Report on plague in the Punjab from October 1st ... to September 30th ..., being the ... season of plague in the province
Disease focus: Plague
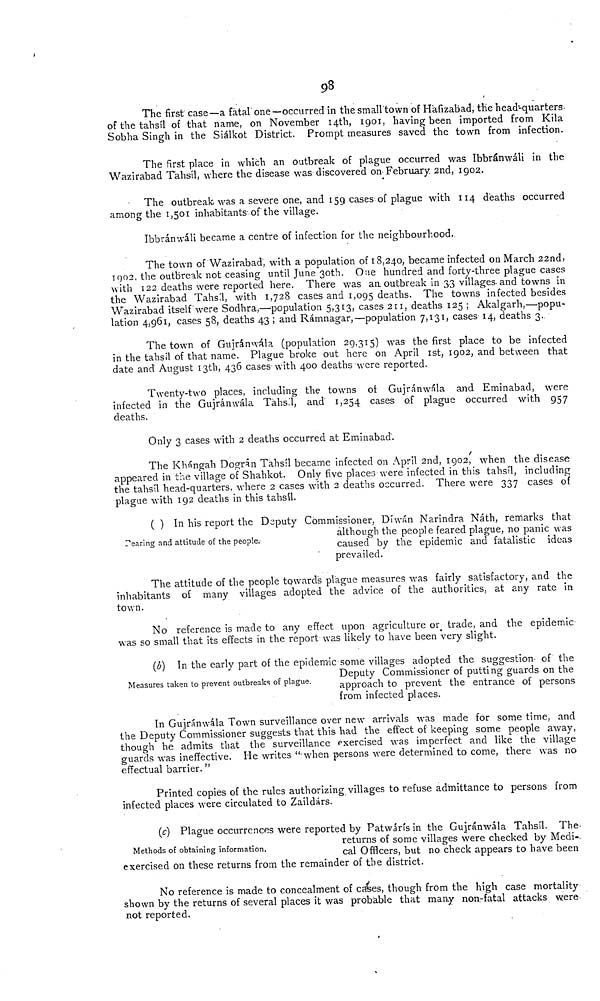
9 8
The first case—a fatal one—occurred in the smalltown of Hàfizabad, the head'-quarters-
of the tahsil of that name, on November 14th, 1901, having been imported from Kila
Sobha Singh in the Siálkot District. Prompt measures saved the town from infection.
The first place in which an outbreak of plague occurred was Ibbránwáli in the
Wazirabad Tahsil, where the disease was discovered on February. 2nd, 1902.
The outbreak, was a severe one, and 159 cases of plague with 114 deaths occurred
among the 1,501 inhabitants of the village.
Ibbránwáli became a centre of infection for the neighbourhood.
The town of Wazirabad, with a population of 18,240, became infected on March 22nd;
1902, the outbreak not ceasing until June 30th. One hundred and forty-three plague cases
with 122 deaths were reported here. There was an outbreak in 3.3 villages-and towns in
the Wazirabad Tahsl, with 1,728 cases and 1,095 deaths. The towns infected besides
Wazirabad itself were Sodhra,—population 5,313, cases 211, deaths 125 ; Akalgarh,—popu-
lation 4,961, cases 58, deaths 43 ; and Rámnagar,—population 7,131, cases 14, deaths 3.
The town of Gujránwála (population 29,315) was the first place to be infected
in the tahsil of that name. Plague broke out here on April 1st, 1902, and between that
date and August 13th, 436 cases-with 400 deaths were reported.
Twenty-two places, including the towns oí Gujránwala and Eminabad, were
infected in the Gujránwála Táhsil, and 1,254 cases of plague occurred with 957
deaths.
Only 3 cases with 2 deaths occurred at Eminabad.
The Khángah Dográn Tahsil became infected on April 2nd, 1902, when the disease
appeared in the village of Shahkot. Only five places were infected in this tahsil, including
the tahsil head-quarters, where 2 cases with 2 deaths occurred. There were 337 cases of
plague with 192 deaths in this tahsil.
Tearing and attitude of the people.-
( ) In his report the Deputy Commissioner, Díwán Narindra Náth, remarks that
although the people feared plague, no panic was
caused by the epidemic and fatalistic ideas
prevailed.
The attitude of the people towards plague measures was fairly satisfactory, and the
inhabitants of many villages adopted the advice of the authorities, at any rate in
town.
No reference is made to any effect upon agriculture or trade, and the epidemic
was so small that its effects in the report was likely to have been very slight.
Measures taken to prevent outbreaks of plague.
(b) In the early part of the epidemic some villages adopted the suggestion' of the
Deputy Commissioner of putting guards on the
approach to prevent the entrance of persons
from infected places.
In Gujránwála Town surveillance over new arrivals was made for some time, and
the Deputy Commissioner suggests that this had the effect of keeping some people away,
though he admits that the surveillance exercised was imperfect and like the village
guards was ineffective. He writes " when persons were determined to come, there was no
effectual barrier. "
Printed copies of the rules authorizing villages to refuse admittance to persons from
infected places were circulated to Zaildárs.
Methods of obtaining information.
(c) Plague occurrences were reported by Patwárís in the Gujránwála Tahsil. The-
returns of some villages were checked by Medi--
cal Officers, but no check appears to have been
exercised on these returns from the remainder of the district.
No reference is made to concealment of cases, though from the high case mortality
shown by the returns of several places it was probable that many non-fatal attacks were
not reported.